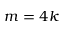
m = 4 k